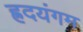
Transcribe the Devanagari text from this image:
ह्रदयंगम